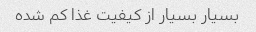
بسیار بسیار از کیفیت غذا کم شده